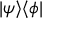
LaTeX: | \psi \rangle \langle \phi |